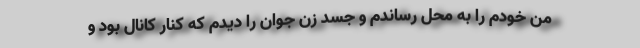
من خودم را به محل رساندم و جسد زن جوان را دیدم که کنار کانال بود و